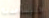
فليساعدنا